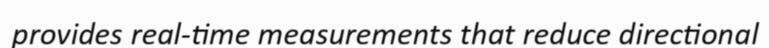
provides real-time measurements that reduce directional